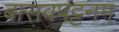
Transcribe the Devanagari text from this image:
बासवपट्टनम